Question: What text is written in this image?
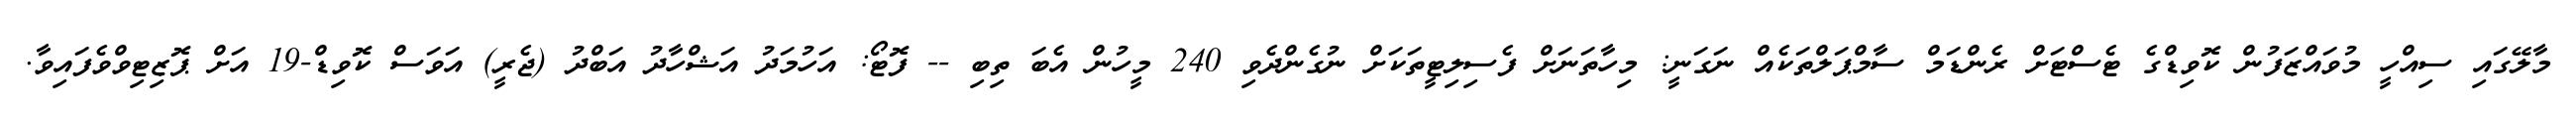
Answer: މާލޭގައި ސިއްހީ މުވައްޒަފުން ކޮވިޑްގެ ޓެސްޓަށް ރެންޑަމް ސާމްޕަލްތަކެއް ނަގަނީ: މިހާތަނަށް ފެސިލިޓީތަކަށް ނުގެންދެވި 240 މީހުން އެބަ ތިބި -- ފޮޓޯ: އަހުމަދު އަޝްހާދު އަބްދު (ޖެރީ) އަވަސް ކޮވިޑް-19 އަށް ޕޮޒިޓިވްވެފައިވާ.